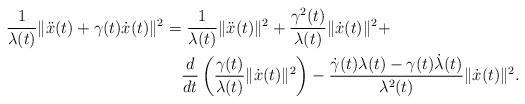
LaTeX: \begin{align*} \frac{1}{\lambda(t)}\|\ddot x(t)+\gamma(t)\dot x(t)\|^2 = & \ \frac{1}{\lambda(t)}\|\ddot x(t)\|^2+\frac{\gamma^2(t)}{\lambda(t)}\|\dot x(t)\|^2+\\&\frac{d}{dt}\left(\frac{\gamma(t)}{\lambda(t)}\|\dot x(t)\|^2\right)-\frac{\dot \gamma(t)\lambda(t)-\gamma(t)\dot\lambda(t)}{\lambda^2(t)}\|\dot x(t)\|^2.\end{align*}